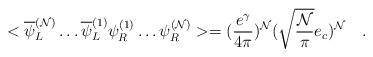
\begin{align*}<\overline{\psi}_{L}^{({\cal N})}\ldots \overline{\psi}_{L}^{(1)}\psi_{R}^{(1)}\ldots \psi_{R}^{({\cal N})}>=(\frac{e^{\gamma}}{4\pi})^{\cal N} (\sqrt{\frac{\cal N}{\pi}} e_{c})^{\cal N}\quad .\end{align*}